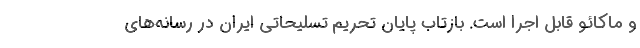
و ماکائو قابل اجرا است. بازتاب پایان تحریم تسلیحاتی ایران در رسانه‌های